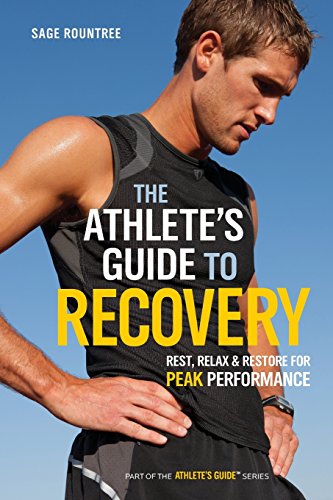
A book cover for The Athlete's Guide to Recovery: Rest, Relax, and Restore for Peak Performance; Sage Rountree; Health, Fitness & Dieting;